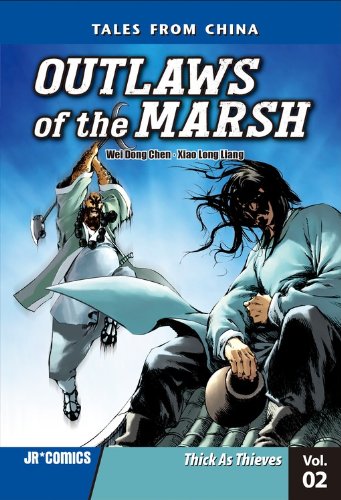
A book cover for Outlaws of the Marsh 2: Thick As Thieves; Wei Dong Chen; Teen & Young Adult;